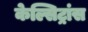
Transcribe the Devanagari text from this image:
केल्सिट्रांस